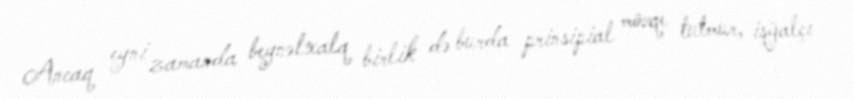
Ancaq eyni zamanda beynəlxalq birlik də burda prinsipial mövqe tutmur, işğalçı